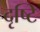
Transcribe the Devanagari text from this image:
दृष्टि